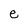
Character: e